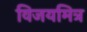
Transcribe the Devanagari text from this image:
विजयमित्र